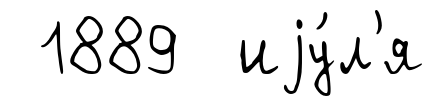
1889 иjу́л'я